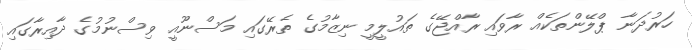
ހަރުދަނާ ޕްލޭންތަކެއް ރާވައި ރާއްޖޭގެ ތައުލީމީ ނިޒާމުގެ ތެރޭގައި މަސްނޫއީ ވިސްނުމުގެ ދާއިރާގައި